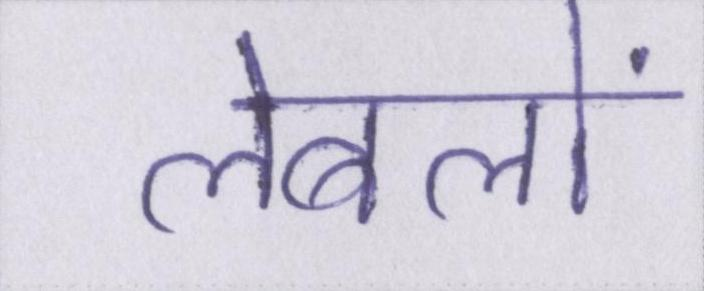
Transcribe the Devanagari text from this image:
लेबलों